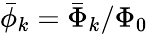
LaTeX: \bar{\phi}_{k}=\bar{\Phi}_{k}/\Phi_{0}